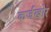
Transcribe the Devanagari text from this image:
कर्जखोर